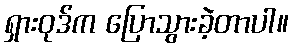
ရှားဝုဒ်က ပြောသွားခဲ့တာပါ။